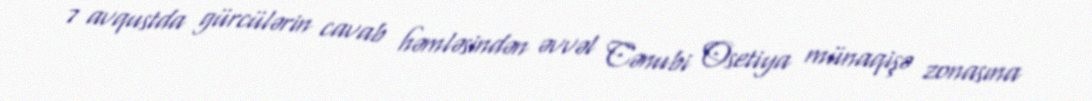
7 avqustda gürcülərin cavab həmləsindən əvvəl Cənubi Osetiya münaqişə zonasına